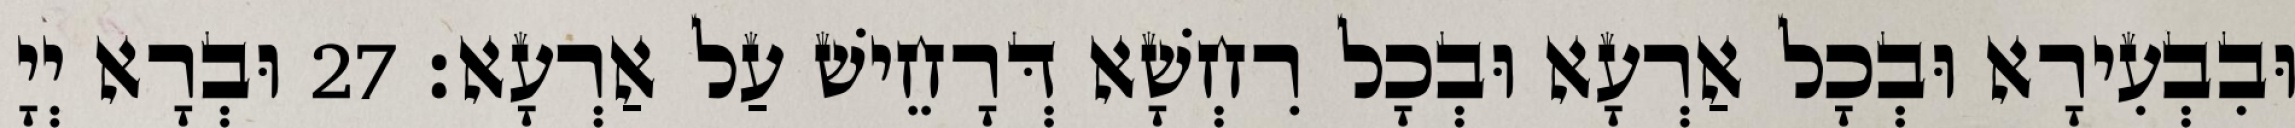
וּבִבְעִירָא וּבְכָל אַרְעָא וּבְכָל רִחְשָׁא דְּרָחֵישׁ עַל אַרְעָא׃ 27 וּבְרָא יְיָ